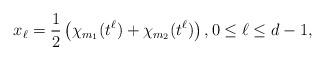
LaTeX: \begin{align*}x_\ell= \frac{1}{2} \left (\chi_{m_1}(t^\ell) + \chi_{m_2}(t^\ell) \right ), 0 \leq \ell \leq d-1,\end{align*}